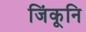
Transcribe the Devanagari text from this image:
जिंकूनि